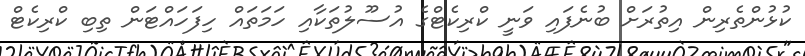
ކުޅުންތެރިން އިތުރަށް ބުނެފައި ވަނީ ކްރިކެޓްގެ އުސޫލުތަކާއި ހަމަތައް ހިފަހައްޓަން ތިބި ކްރިކެޓް